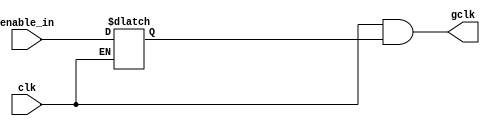
// Credits : https://github.com/YosysHQ/yosys-bigsim/blob/master/openmsp430/rtl/omsp_clock_gate.v

module clock_gate (

// OUTPUTs
    gclk,                      // Gated clock

// INPUTs
    clk,                       // Clock
    enable_in                    // Clock enable
);

// OUTPUTs
//=========
output         gclk;           // Gated clock

// INPUTs
//=========
input          clk;            // Clock
input          enable_in;         // Clock enable


//=============================================================================
// CLOCK GATE: LATCH + AND
//=============================================================================

// LATCH the enable signal
reg     enable_latch;
always @(clk or enable_in)
  if (~clk)
    enable_latch <= enable_in;

// AND gate
assign  gclk = (clk & enable_latch);

endmodule